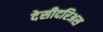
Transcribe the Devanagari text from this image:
देसीदरिअस